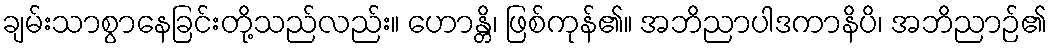
ချမ်းသာစွာနေခြင်းတို့သည်လည်း။ ဟောန္တိ၊ ဖြစ်ကုန်၏။ အဘိညာပါဒကာနိပိ၊ အဘိညာဉ်၏